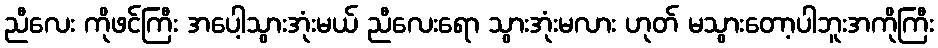
ညီလေး ကိုဖင်ကြီး အပေါ့သွားအုံးမယ် ညီလေးရော သွားအုံးမလား ဟုတ် မသွားတော့ပါဘူးအကိုကြီး